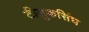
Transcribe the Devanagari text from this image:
टीलुकसिंघ